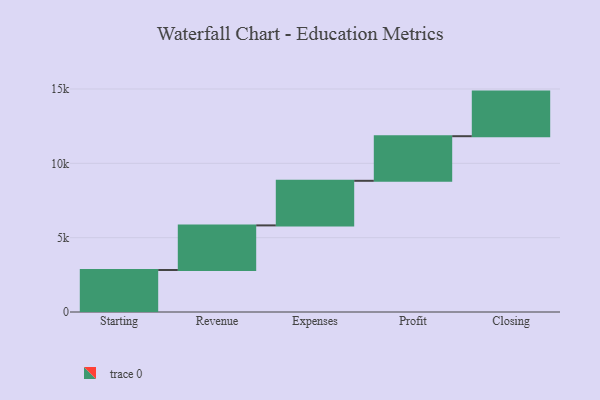
{"axis": {"x": "Step", "y": "Value"}, "legend": [""], "data": [{"x": "Starting", "y": 2825.0, "type": ""}, {"x": "Revenue", "y": 3000, "type": ""}, {"x": "Expenses", "y": 3000, "type": ""}, {"x": "Profit", "y": 3000, "type": ""}, {"x": "Closing", "y": 3000, "type": ""}]}